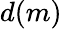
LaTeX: d(m)